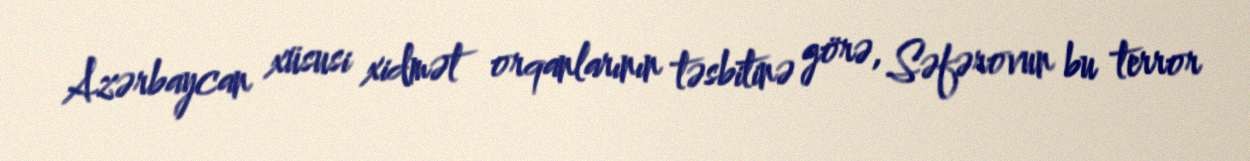
Azərbaycan xüsusi xidmət orqanlarının təsbitinə görə, Səfərovun bu terror